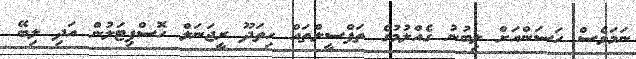
ނަމަވެސް ހަސަންއަށް ލިބުނު ގެއްލުމުގެ ތަފްސީލްތައް ހިތަދޫ ރީޖަނަލް ހޮސްޕިޓަލުން އަދި ލިބޭ